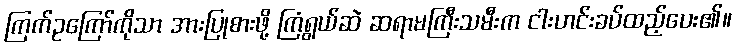
ကြက်ဥကြော်ကိုသာ အားပြုစားဖို့ ကြံရွယ်ဆဲ ဆရာမကြီးသမီးက ငါးဟင်းခပ်ထည့်ပေး၏။